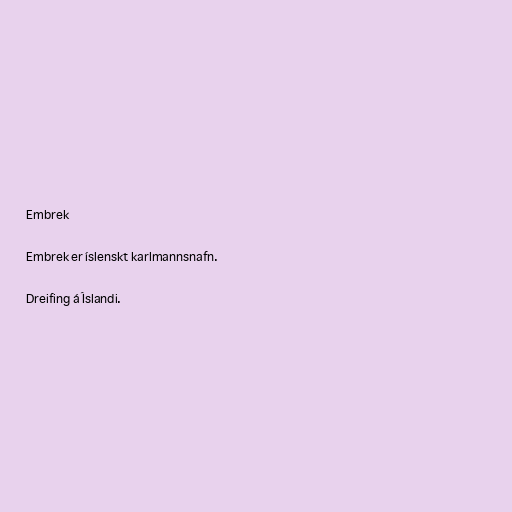
Embrek

Embrek er íslenskt karlmannsnafn.

Dreifing á Íslandi.